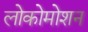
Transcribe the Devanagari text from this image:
लोकोमोशन